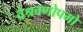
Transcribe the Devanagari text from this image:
वैश्रवणोपमो